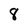
Character: 8